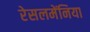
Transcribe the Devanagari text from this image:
रेसलमेंनिया